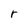
Character: r